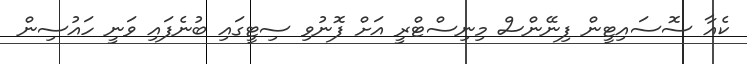
ކެއާ ސޮސައިޓީން ފިނޭންސް މިނިސްޓްރީ އަށް ފޮނުވި ސިޓީގައި ބުނެފައި ވަނީ ހައުސިން